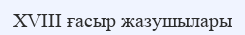
XVIII ғасыр жазушылары